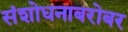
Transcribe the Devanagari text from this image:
संशोधनाबरोबर